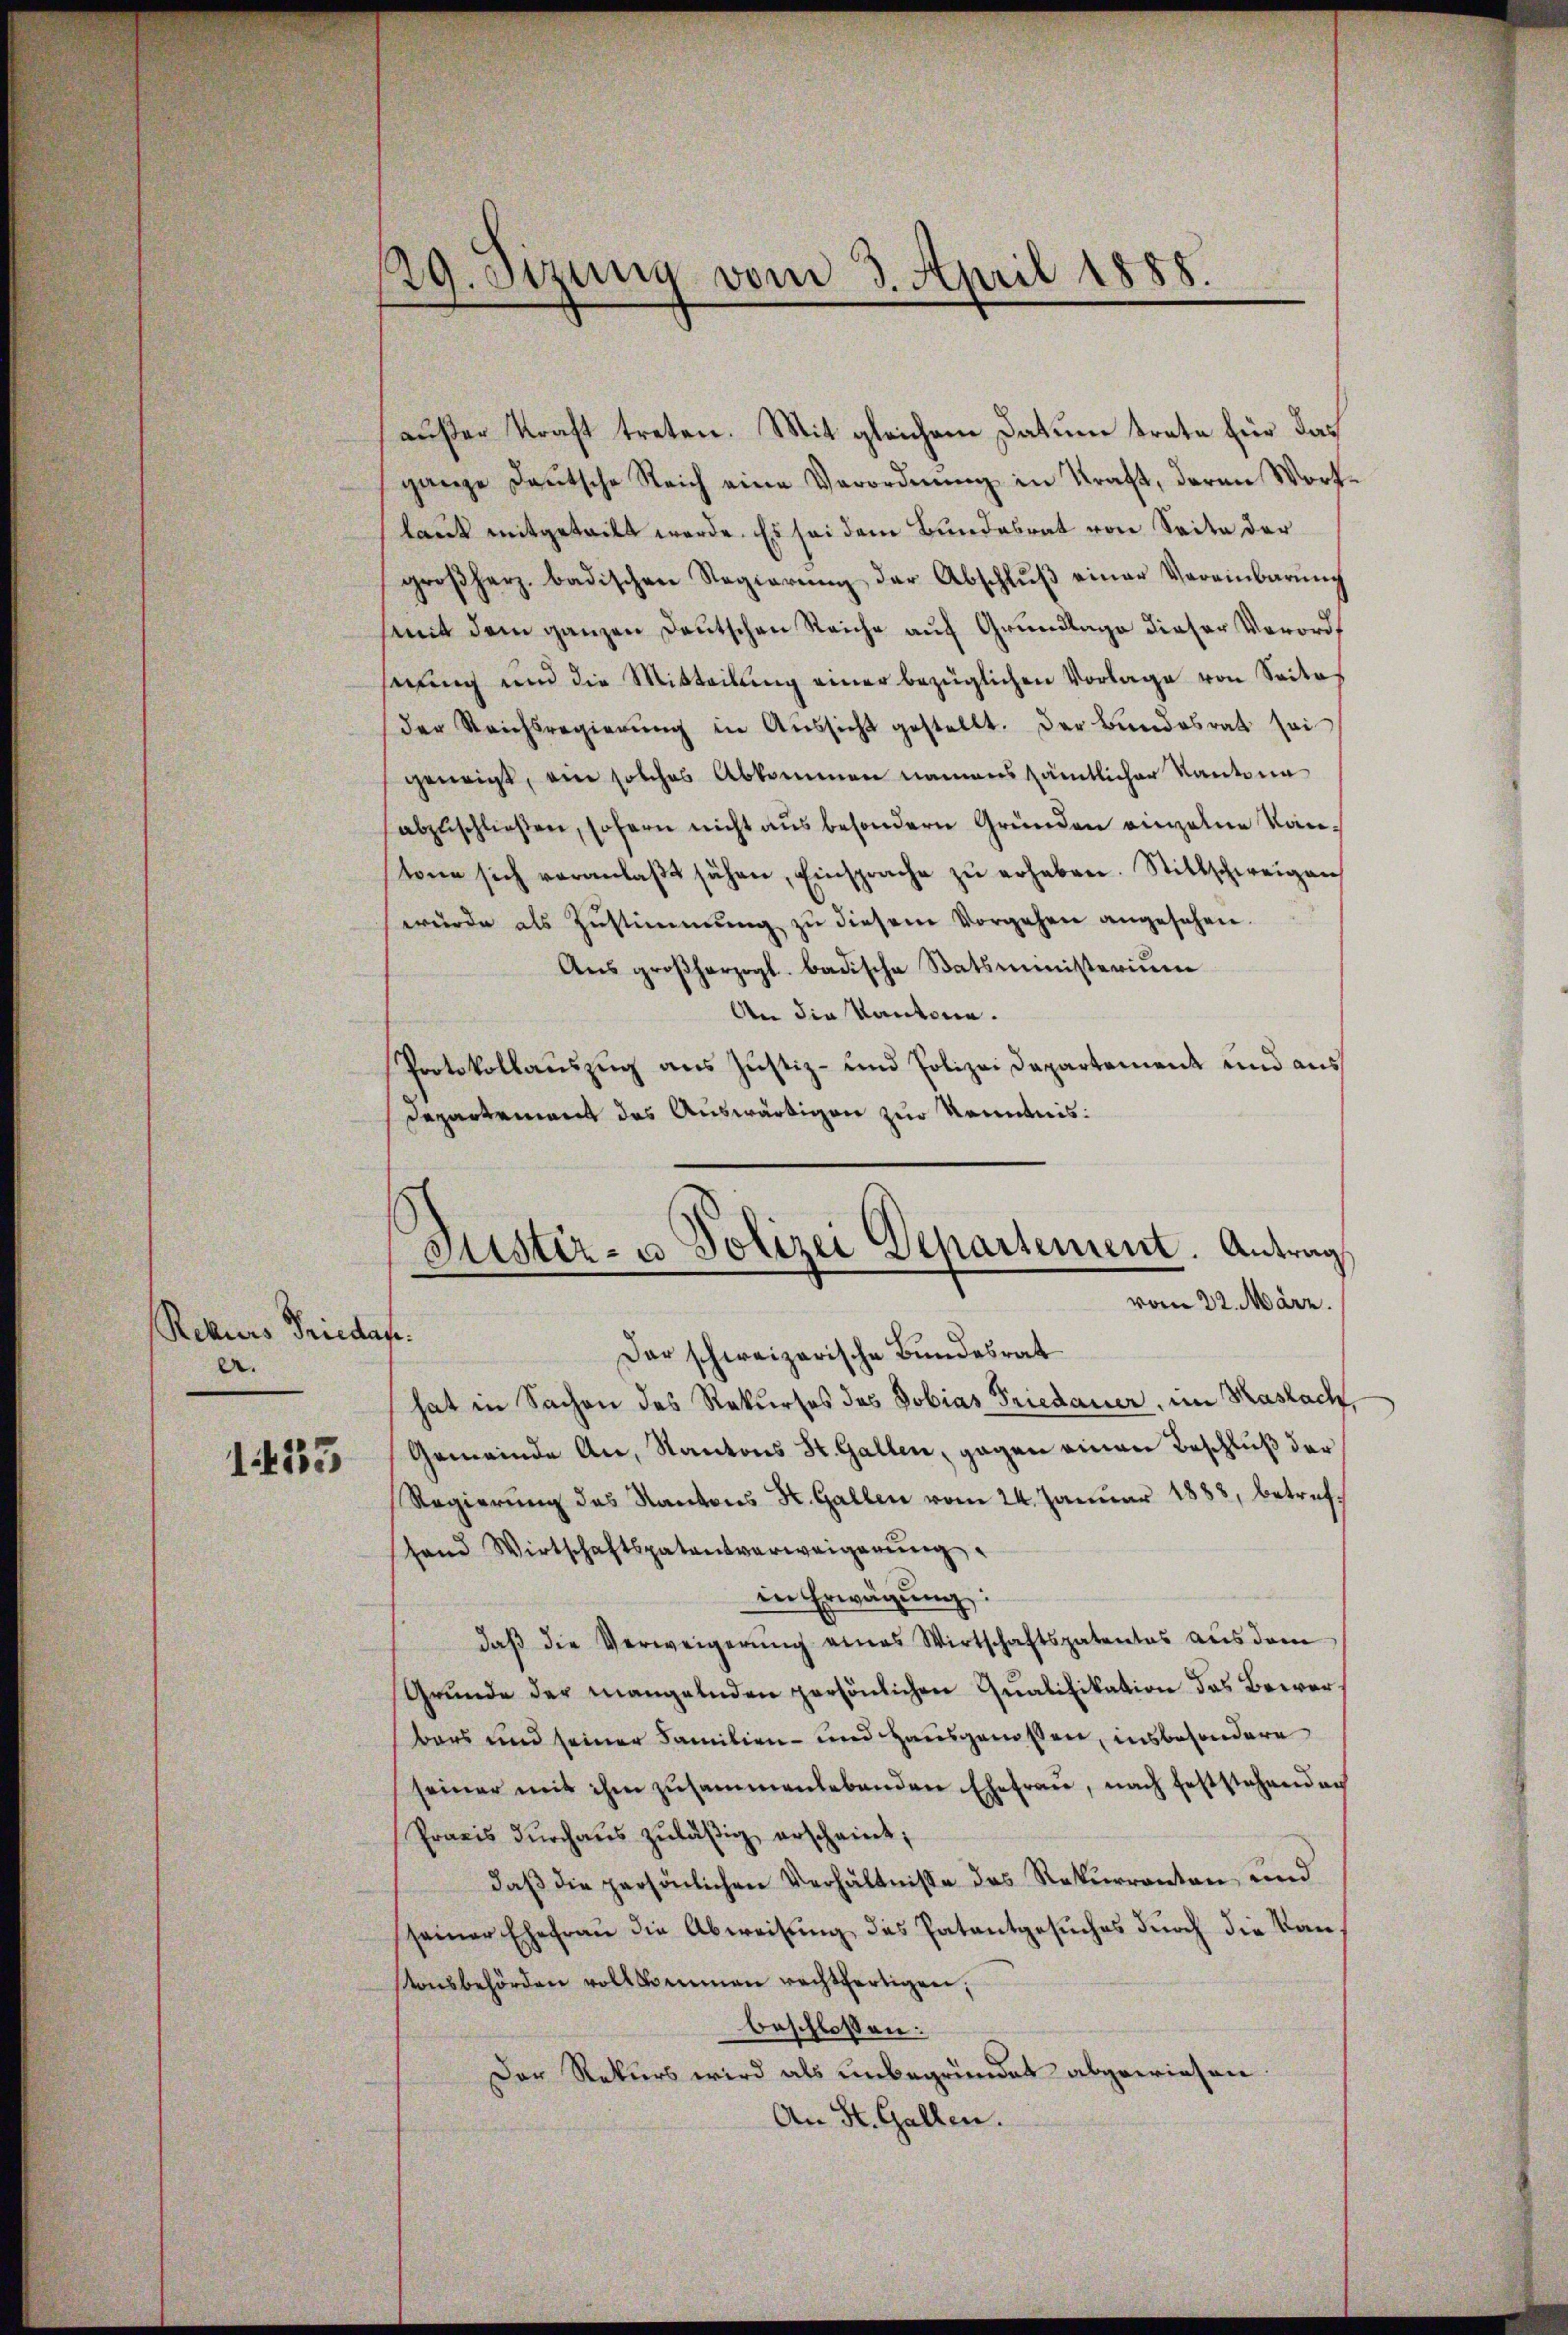
Rekurs Frieder
e.

1433

29. Sizung vom 3. April 1888.

außer Kraft treten. Mit gleichem Datum trete für das
ganze Deutsche Reich eine Verordnŭng in Kraft, daran Wortlaut mitgeteilt werde. Es sei dem Bundesrat von Seite der
großherz. badischen Regierŭng der Abschlŭβ einer Vereinbarŭng
mit dem ganzen Deutschen Reiche auf Grundlage dieser Verordnung und die Mitteilung einer bezüglichen Vorlage von Seites
der Reichsregierŭng in Aŭssicht gestellt. Der Bundesrat sei
geneigt, ein solches Abkommen namens sämtlicher Kantona
abzuschließen, sofern nicht aus besondern Gründen einzelne Kantone sich veranlaβt sähen, Einsprache zŭ erhaben. Stillschweigen
wŭrde als Zŭstimmung zŭ diesem Vorgehen angesehen.
Aus großherzogl. badische Statsministerium
An die Kantone.
Protokollauszug aus Justiz- und Polizei Departement und aus
Departement das Auswärtigen zur Kenntnis:
.
Der schweizerische Bundesrat
hat in Sachen des Rekurses des Dobias Friedauer, im Maslach,
Gemeinde An, Kantons St. Gallen, gegen einen Beschluß der
Regierŭng des Kantons St. Gallen vom 24. Januar 1888, betreffand Wirtschaftspatentverweigerŭng.
in Erwägŭng:
daβ die Verweigerŭng eines Wirtschaftspatentes aŭs dem
Grunde der mangelnden persönlichen Qualifikation das Bewerbars und seiner Familien- und Hausgenossen, insbesondere
seiner mit ihm zusammenlebenden Ehefrau, nach feststehenden
Praxis durchaus zuläßig erscheint;
daß die persönlichen Verhältnisse des Rekurrenten, und
seiner Ehefrau die Abweisung des Patentgesuches durch die Kanstonsbehörden vollkommen rechtfertigen;
beschlossen:
Der Rekurs wird als unbegründet abgewiesen.
An St. Gallen.

Puster- u Polizei Departement. Antrag
vom 22. März.